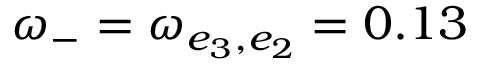
\omega _ { - } = \omega _ { e _ { 3 } , e _ { 2 } } = 0 . 1 3